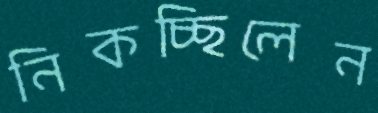
নিকচ্ছিলেন